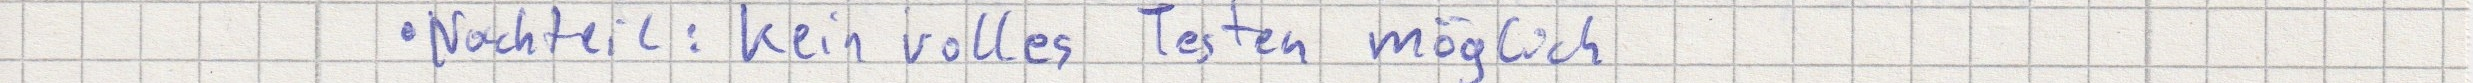
- Nachteil: kein volles Testen möglich